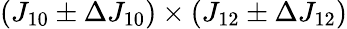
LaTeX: (J_{10}\pm\Delta J_{10})\times(J_{12}\pm\Delta J_{12})